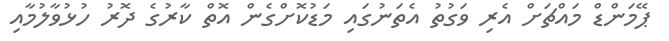
ޕޭމަންޑް މައްޗަށް އެރި ވަގުތު އެތަނުގައި މަޑުކޮށްގެން އޮތް ކާރުގެ ދޮރު ހުޅުވާލުމާއި